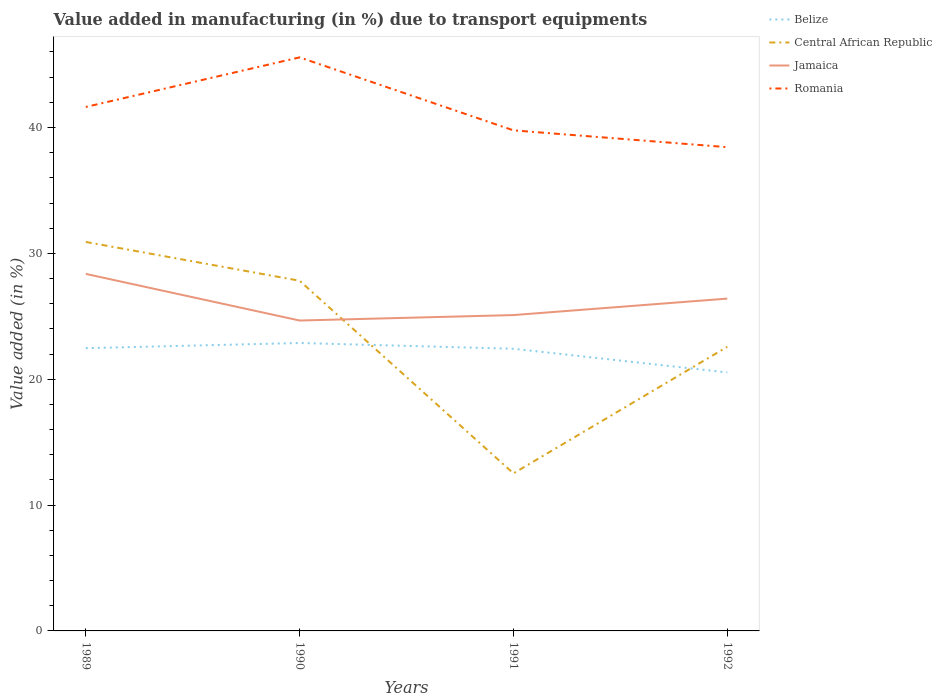
| Years | Belize | Central African Republic | Jamaica | Romania |
 | --- | --- | --- | --- | --- |
 | 1989 | 22.5 | 30.9 | 28.4 | 41.6 |
 | 1990 | 22.9 | 27.8 | 24.7 | 45.6 |
 | 1991 | 22.4 | 12.5 | 25.1 | 39.8 |
 | 1992 | 20.5 | 22.6 | 26.4 | 38.4 |